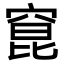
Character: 窤